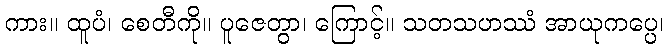
ကား။ ထူပံ၊ စေတီကို။ ပူဇေတွာ၊ ကြောင့်။ သတသဟဿံ အာယုကပ္ပေ၊